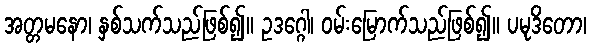
အတ္တမနော၊ နှစ်သက်သည်ဖြစ်၍။ ဥဒဂ္ဂေါ၊ ဝမ်းမြောက်သည်ဖြစ်၍။ ပမုဒိတော၊